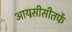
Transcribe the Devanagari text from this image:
आयसीसीतर्फे